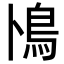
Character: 鳪